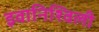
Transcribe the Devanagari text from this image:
इवानिश्विली